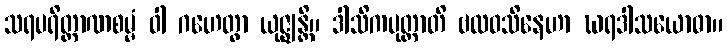
သရပရိတ္တာဏစမ္မံ ဝါ ဂဟေတွာ ယုဇ္ဈန္တိ။ ဒါသိကပုတ္တာတိ ဗလဝသိနေဟာ ဃရဒါသယောဓာ။